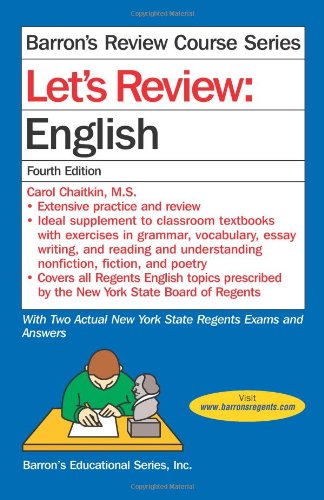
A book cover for Let's Review English (Let's Review Series); Carol Chaitkin; Test Preparation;